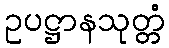
ဥပဋ္ဌာနသုတ္တံ